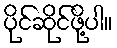
ပိုင်ဆိုင်ဖို့ပါ။